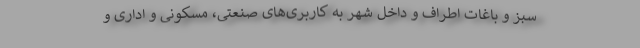
سبز و باغات اطراف و داخل شهر به کاربری‌های صنعتی، مسکونی و اداری و